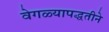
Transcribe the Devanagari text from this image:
वेगळ्यापद्धतीने